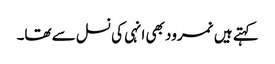
کہتے ہیں نمرود بھی انہی کی نسل سے تھا۔